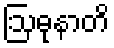
ဩဓုနာတိ